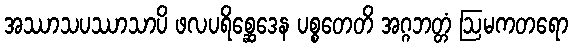
အဿာသပဿာသာပိ ဖလပရိစ္ဆေဒေန ပစ္စတေတိ အဂ္ဂဘတ္တံ ဩမကတရော